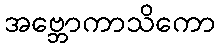
အဗ္ဘောကာသိကော